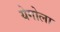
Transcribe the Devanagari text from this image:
येगोला